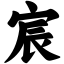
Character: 宸